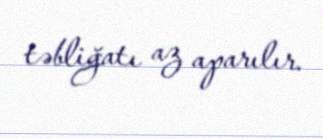
təbliğatı az aparılır.